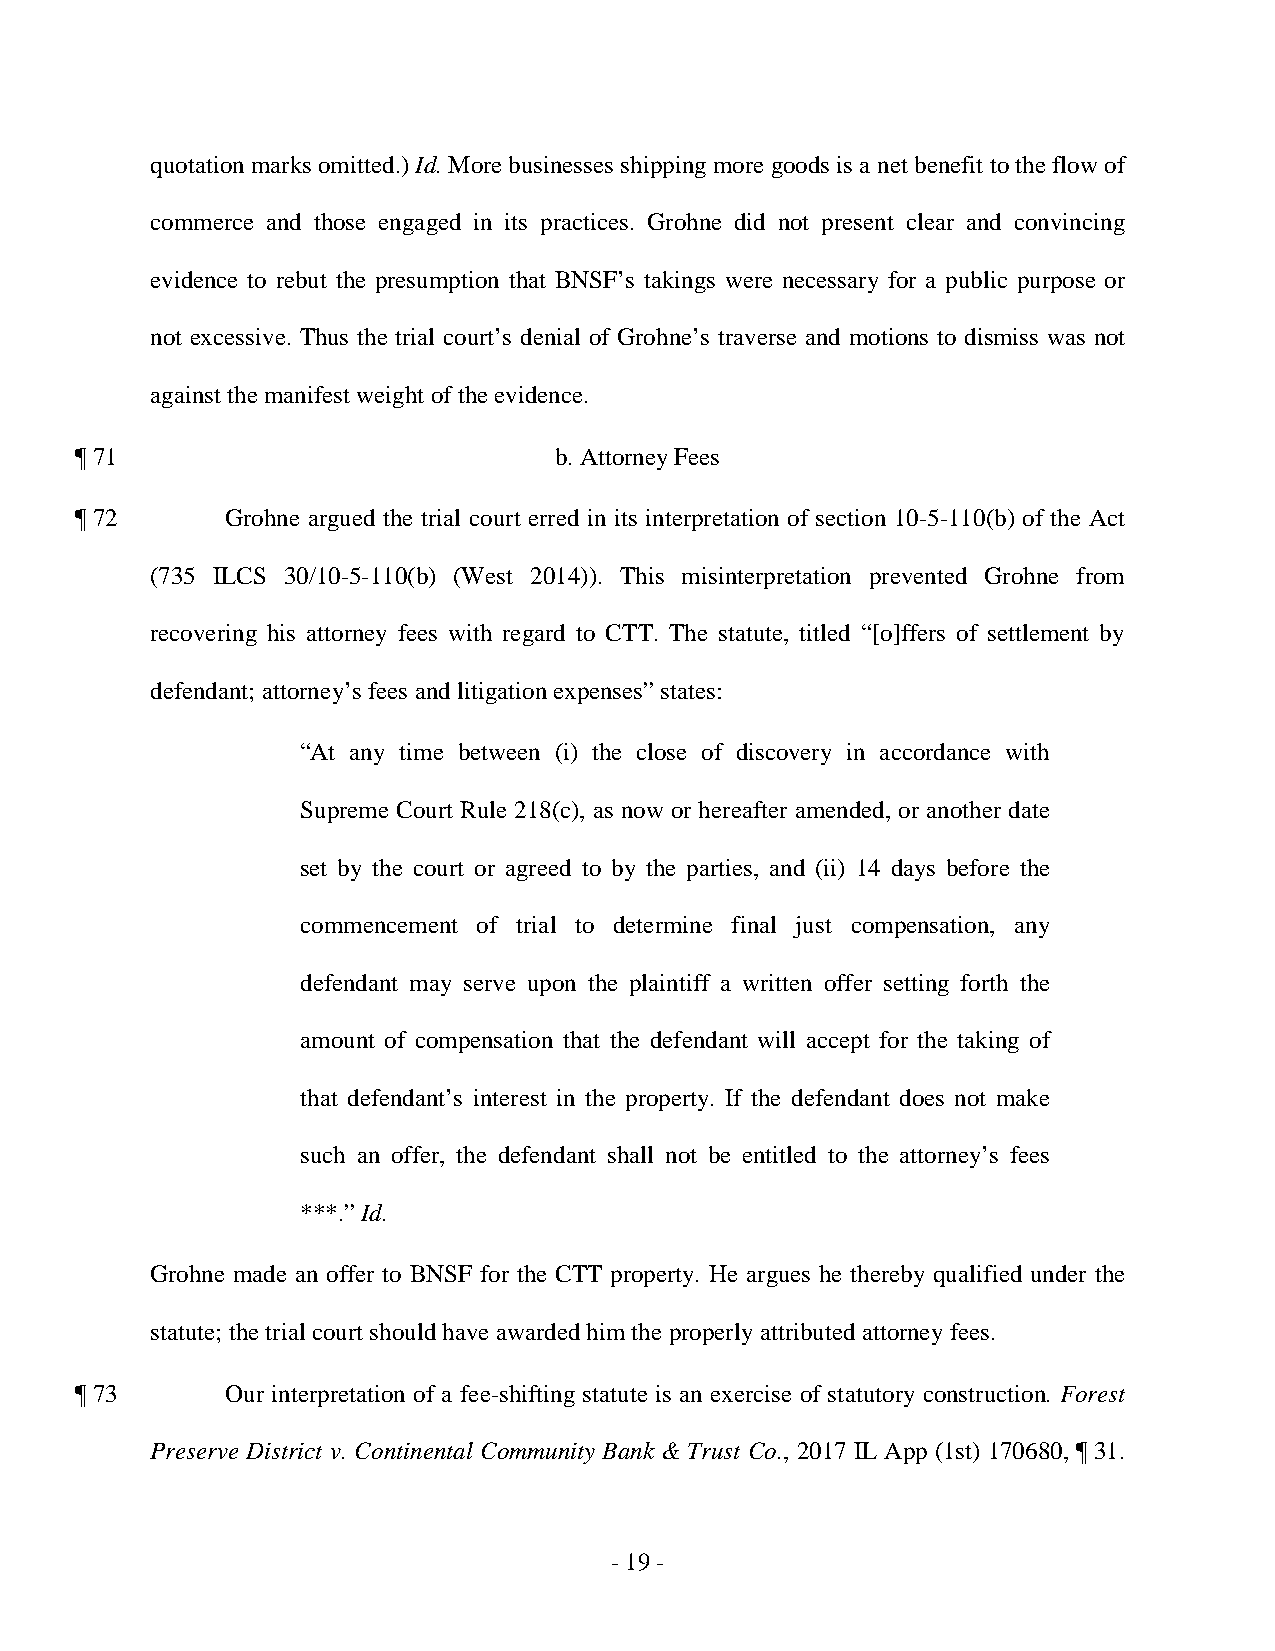
quotation marks omitted.) Id. More businesses shipping more goods is a net benefit to the flow of
 commerce and those engaged in its practices. Grohne did not present clear and convincing
 evidence to rebut the presumption that BNSF’s takings were necessary for a public purpose or
 not excessive. Thus the trial court’s denial of Grohne’s traverse and motions to dismiss was not
 against the manifest weight of the evidence.
 ¶ 71                            b. Attorney Fees
 ¶ 72      Grohne argued the trial court erred in its interpretation of section 10-5-110(b) of the Act
 (735 ILCS 30/10-5-110(b) (West 2014)). This misinterpretation prevented Grohne from
 recovering his attorney fees with regard to CTT. The statute, titled “[o]ffers of settlement by
 defendant; attorney’s fees and litigation expenses” states:
 “At any time between (i) the close of discovery in accordance with
 Supreme Court Rule 218(c), as now or hereafter amended, or another date
 set by the court or agreed to by the parties, and (ii) 14 days before the
 commencement of trial to determine final just compensation, any
 defendant may serve upon the plaintiff a written offer setting forth the
 amount of compensation that the defendant will accept for the taking of
 that defendant’s interest in the property. If the defendant does not make
 such an offer, the defendant shall not be entitled to the attorney’s fees
 ***.” Id.
 Grohne made an offer to BNSF for the CTT property. He argues he thereby qualified under the
 statute; the trial court should have awarded him the properly attributed attorney fees.
 ¶ 73      Our interpretation of a fee-shifting statute is an exercise of statutory construction. Forest
 Preserve District v. Continental Community Bank & Trust Co., 2017 IL App (1st) 170680, ¶ 31.
 - 1 9 ­